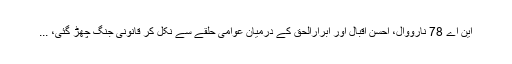
این اے 78 نارووال، احسن اقبال اور ابرارالحق کے درمیان عوامی حلقے سے نکل کر قانونی جنگ چھڑ گئی، ...